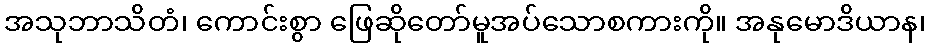
အသုဘာသိတံ၊ ကောင်းစွာ ဖြေဆိုတော်မူအပ်သောစကားကို။ အနုမောဒိယာန၊